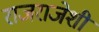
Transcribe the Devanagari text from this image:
राजराजेशी